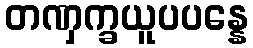
တဏှက္ခယူပပန္နေ